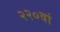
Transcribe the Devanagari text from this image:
२२०वां